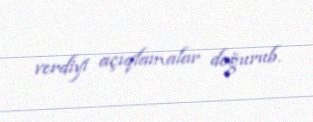
verdiyi açıqlamalar doğurub.